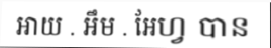
អាយ . អឹម . អែហ្វ បាន